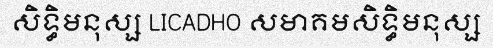
សិទ្ធិមនុស្ស LICADHO សមាគមសិទ្ធិមនុស្ស